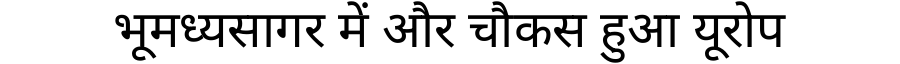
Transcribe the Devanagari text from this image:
भूमध्यसागर में और चौकस हुआ यूरोप